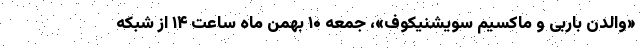
«والدن باربی و ماکسیم سویشنیکوف»، جمعه ۱۰ بهمن ماه ساعت ۱۴ از شبکه